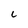
Character: c